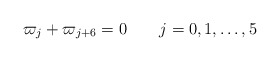
\begin{align*} \varpi_j + \varpi_{j+6} = 0 \qquad j=0,1,\dots,5\end{align*}